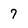
Character: 7